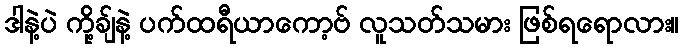
ဒါနဲ့ပဲ ကို့ချ်နဲ့ ပက်ထရီယာကော့ဗ် လူသတ်သမား ဖြစ်ရရောလား။